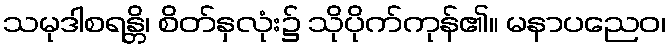
သမုဒါစရန္တိ၊ စိတ်နှလုံး၌ သိုပိုက်ကုန်၏။ မနာပညေဝ၊